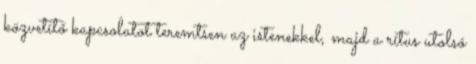
közvetítő kapcsolatot teremtsen az istenekkel, majd a rítus utolsó